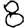
Digit: 8